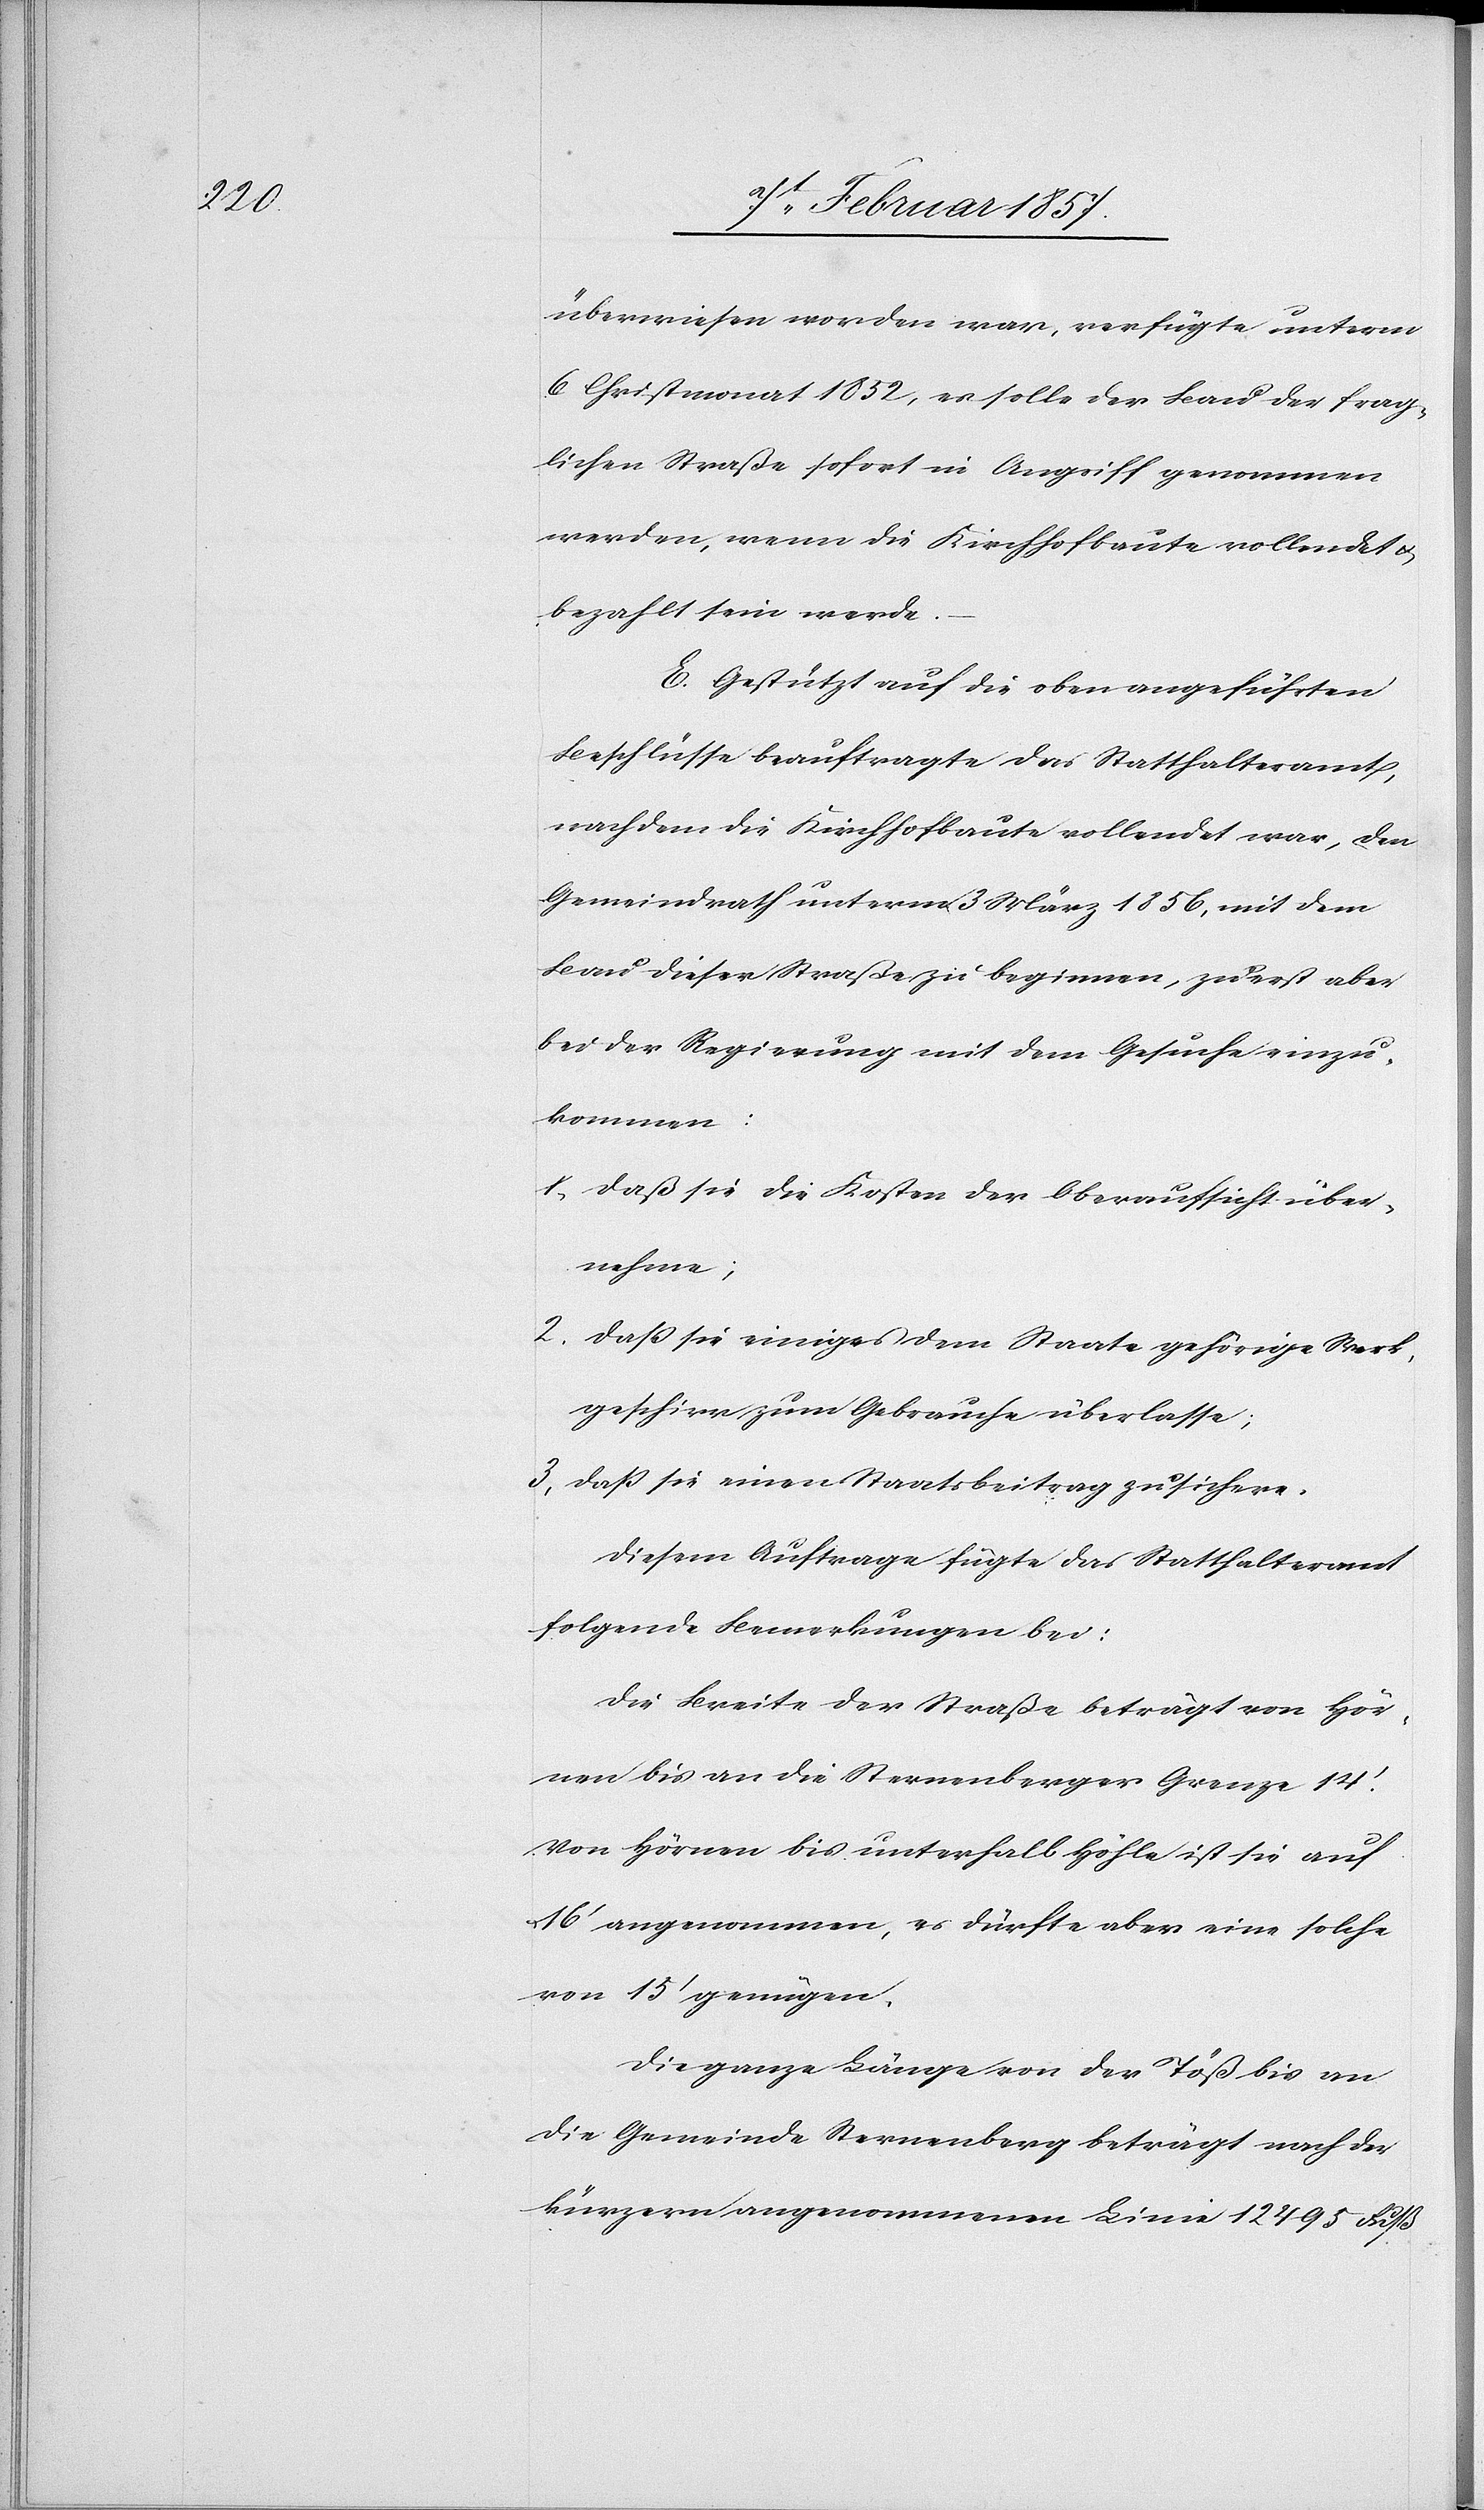
überwiesen worden war, verfügte unterm
6 Christmonat 1832, es solle der Bau der frag¬
lichen Straße sofort in Angriff genommen
werden, wenn die Kirchhofbaute vollendet u.
bezahlt sein werde.
E. Gestützt auf die oben angeführten
Beschlüsse beauftragte das Statthalteramt,
nachdem die Kirchhofbaute vollendet war, den
Gemeindrath unterm 3 März 1856, mit dem
Bau dieser Straße zu beginnen, zuerst aber
bei der Regierung mit dem Gesuche einzu¬
kommen:
1. Daß sie die Kosten der Oberaufsicht über¬
nehme;
2. Daß sie einiges dem Staate gehörige Werk¬
geschirr zum Gebrauche überlasse;
3. Daß sie einen Staatsbeitrag zusichere.
Diesem Auftrage fügte das Statthalteramt
folgende Bemerkungen bei:
Die Breite der Straße beträgt von Hör¬
nen bis an die Sternenberger Grenze 14‘.
Von Hörnen bis unterhalb Höhle ist sie auf
16‘ angenommen, es dürfte aber eine solche
von 15‘ genügen.
Die ganze Länge von der Töß bis an
die Gemeinde Sternenberg beträgt nach der
kürzern angenommenen Linie 12 495 Fuß